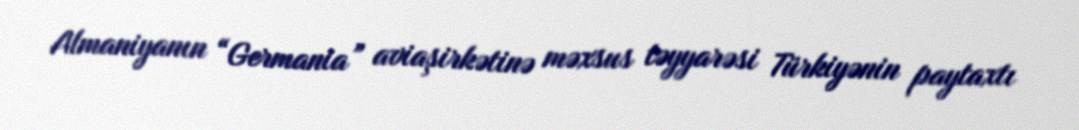
Almaniyanın “Germania” aviaşirkətinə məxsus təyyarəsi Türkiyənin paytaxtı